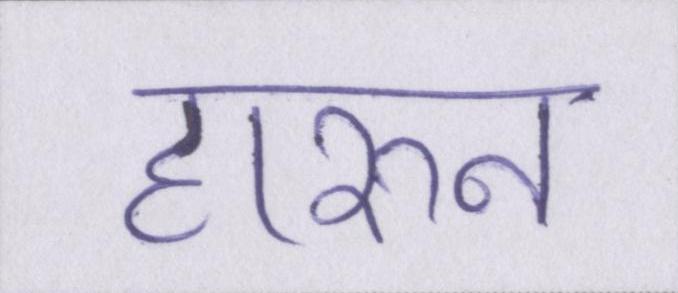
हारुन